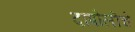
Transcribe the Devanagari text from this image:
दापोलीचे